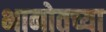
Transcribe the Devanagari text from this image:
भानोतच्या